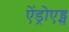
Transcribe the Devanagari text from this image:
ऐंड्रोएड्स